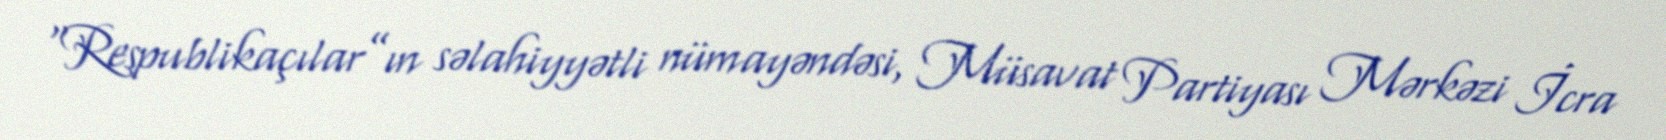
“Respublikaçılar”ın səlahiyyətli nümayəndəsi, Müsavat Partiyası Mərkəzi İcra